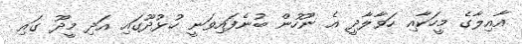
އާއިލާގެ މީހަކާއި ހަވާލާދީ އެ ނޫހުން ބުނެފައިވަނީ ހުޅުދޫގައި އަދި މީދޫ ގައި